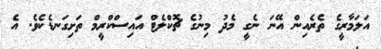
އަލަމާރީގެ ތެރެއިން އޭނަ ނެގީ މެދު މިނުގެ ޗޮކްލެޓް އައިސްކްރީމް ތަށިގަނޑެކެވެ. އެ